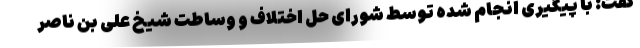
گفت: با پیگیری انجام شده توسط شورای حل اختلاف و وساطت شیخ علی بن ناصر